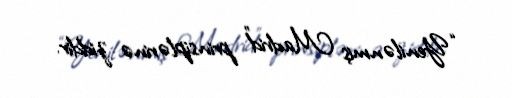
“Yenilənmiş Madrid” prinsiplərinə ziddir.